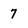
Character: 7